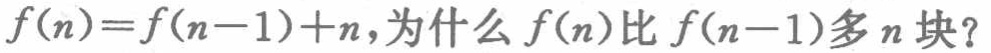
\(f(n)=f(n - 1)+n\)，为什么\(f(n)\)比\(f(n - 1)\)多\(n\)块？